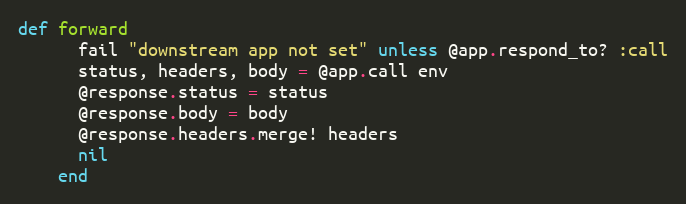
Language: Ruby
def forward
      fail "downstream app not set" unless @app.respond_to? :call
      status, headers, body = @app.call env
      @response.status = status
      @response.body = body
      @response.headers.merge! headers
      nil
    end